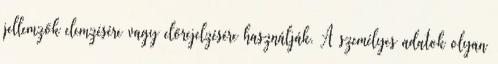
jellemzők elemzésére vagy előrejelzésére használják. A személyes adatok olyan